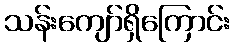
သန်းကျော်ရှိကြောင်း